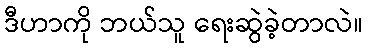
ဒီဟာကို ဘယ်သူ ရေးဆွဲခဲ့တာလဲ။